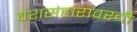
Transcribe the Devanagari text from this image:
वंशसंहारावरची